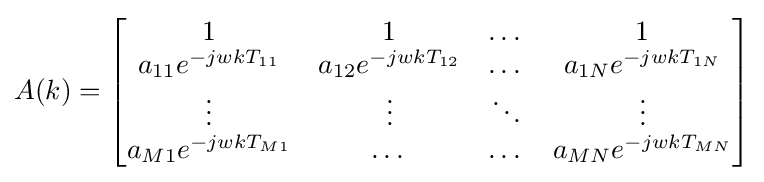
A(k)={\begin{bmatrix}1&1&\dots &1\\a_{11}e^{-jwkT_{11}}&a_{12}e^{-jwkT_{12}}&\dots &a_{1N}e^{-jwkT_{1N}}\\\vdots &\vdots &\ddots &\vdots \\a_{M1}e^{-jwkT_{M1}}&\dots &\dots &a_{MN}e^{-jwkT_{MN}}\end{bmatrix}}